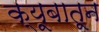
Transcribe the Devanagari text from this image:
क्यूबातून